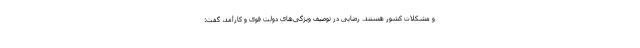
و مشکلات کشور هستند. رضایی در توصیف ویژگی‌های دولت قوی و کارآمد، گفت: